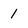
Character: 1